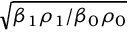
\sqrt { { \beta _ { 1 } \rho _ { 1 } } / { \beta _ { 0 } \rho _ { 0 } } }